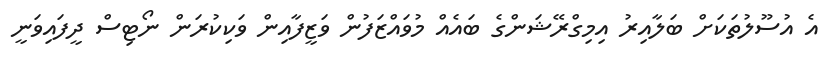
އެ އުސޫލުތަކަށް ބަލާއިރު އިމިގްރޭޝަންގެ ބައެއް މުވައްޒަފުން ވަޒީފާއިން ވަކިކުރަން ނޯޓިސް ދީފައިވަނީ